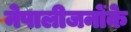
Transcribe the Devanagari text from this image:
नेपालीजनोंके